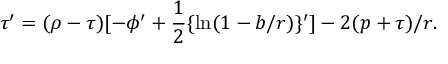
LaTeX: \tau ^ { \prime } = ( \rho - \tau ) [ - \phi ^ { \prime } + { \frac { 1 } { 2 } } \{ \ln ( 1 - b / r ) \} ^ { \prime } ] - 2 ( p + \tau ) / r .